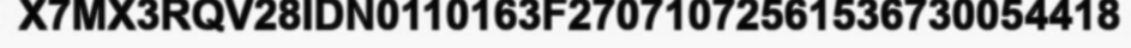
X7MX3RQV28IDN0110163F27071072561536730054418